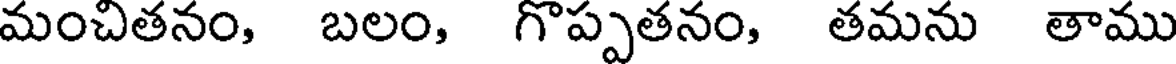
మంచితనం, బలం, గొప్పతనం, తమను తాము